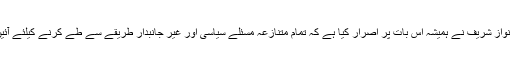
یہ بات قابل ذکر ہے کہ نواز شریف نے ہمیشہ اس بات پر اصرار کیا ہے کہ تمام متنازعہ مسئلے سیاسی اور غیر جانبدار طریقے سے طے کرنے کیلئے آئین میں ترمیم لائی جائے۔